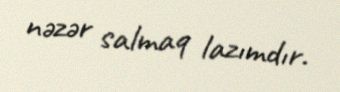
nəzər salmaq lazımdır.